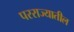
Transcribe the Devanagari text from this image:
परराज्यातील